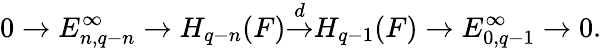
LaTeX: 0\to E_{n,q-n}^{\infty}\to H_{q-n}(F){\overset{d}{\to}}H_{q-1}(F)\to E_{0,q-1}^{\infty}\to 0.